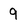
Character: 9